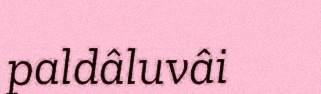
paldâluvâi